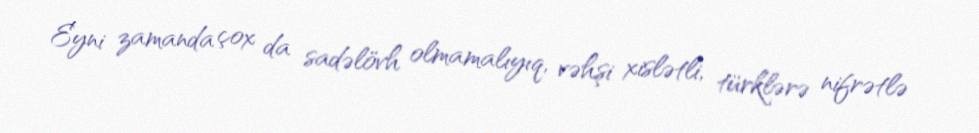
Eyni zamanda çox da sadəlövh olmamalıyıq, vəhşi xislətli, türklərə nifrətlə